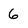
Character: 6